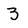
Character: 3